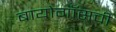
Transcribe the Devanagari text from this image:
बायोगॉसची